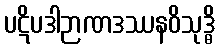
ပဋိပဒါဉာဏဒဿနဝိသုဒ္ဓိ